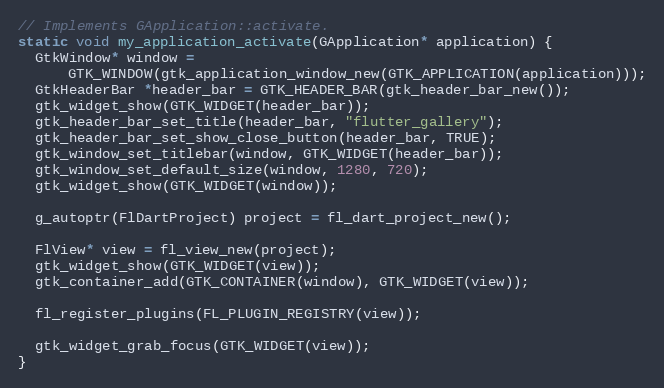
Language: C++
// Implements GApplication::activate.
static void my_application_activate(GApplication* application) {
  GtkWindow* window =
      GTK_WINDOW(gtk_application_window_new(GTK_APPLICATION(application)));
  GtkHeaderBar *header_bar = GTK_HEADER_BAR(gtk_header_bar_new());
  gtk_widget_show(GTK_WIDGET(header_bar));
  gtk_header_bar_set_title(header_bar, "flutter_gallery");
  gtk_header_bar_set_show_close_button(header_bar, TRUE);
  gtk_window_set_titlebar(window, GTK_WIDGET(header_bar));
  gtk_window_set_default_size(window, 1280, 720);
  gtk_widget_show(GTK_WIDGET(window));

  g_autoptr(FlDartProject) project = fl_dart_project_new();

  FlView* view = fl_view_new(project);
  gtk_widget_show(GTK_WIDGET(view));
  gtk_container_add(GTK_CONTAINER(window), GTK_WIDGET(view));

  fl_register_plugins(FL_PLUGIN_REGISTRY(view));

  gtk_widget_grab_focus(GTK_WIDGET(view));
}